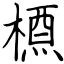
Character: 槱